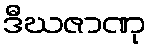
ဒီဃဇာဏု